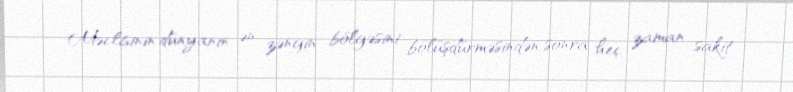
Məclisinin dünyanın ən zəngin bölgəsini bölüşdürməsindən sonra heç zaman sakit